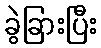
ခွဲခြားပြီး